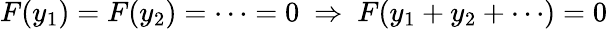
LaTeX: F(y_{1})=F(y_{2})=\cdots=0\ \Rightarrow\ F(y_{1}+y_{2}+\cdots)=0